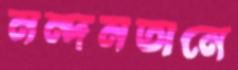
নন্দনতানে